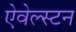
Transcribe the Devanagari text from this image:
ऐवेल्स्टन